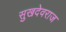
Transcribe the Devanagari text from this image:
सुखदेवराज